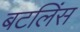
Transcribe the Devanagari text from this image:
बटलिंस